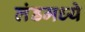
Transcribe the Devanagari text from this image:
लंडमध्ये